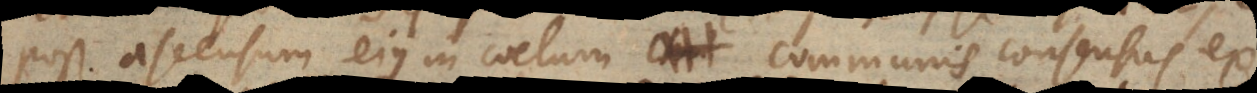
post ascensum ejus in coelum communis consensus ex